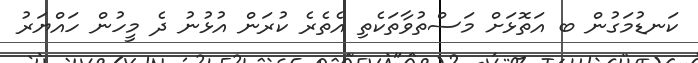
ކަނޑުމަގުން ބ އަތޮޅަށް މަސްތުވާތަކެތި އެތެރެ ކުރަން އުޅުނު ދެ މީހުން ހައްޔަރު